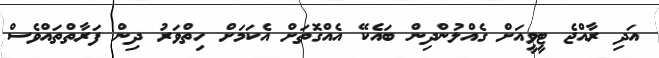
އަދި ރާއްޖެ ޓީވީއަށް ގެއްލުންދިން ބައެކޭ އެއްގޮތަށް އެކަމަށް ހިތްވަރު ދިން ފަރާތްތައްވެސް